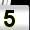
Digit: 5